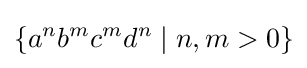
\{a^{n}b^{m}c^{m}d^{n}\mid n,m>0\}